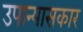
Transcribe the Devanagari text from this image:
उपान्यासकार